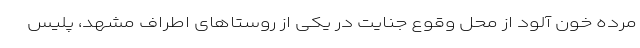
مرده خون آلود از محل وقوع جنایت در یکی از روستا‌های اطراف مشهد، پلیس